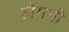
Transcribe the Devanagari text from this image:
लेंगमी